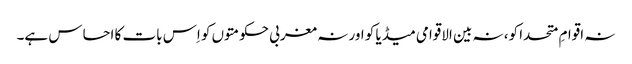
نہ اقوامِ متحدا کو، نہ بین الاقوامی میڈیا کو اور نہ مغربی حکومتوں کو اِس بات کا احساس ہے۔